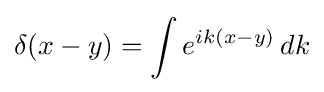
\delta (x-y)=\int e^{ik(x-y)}\,dk